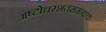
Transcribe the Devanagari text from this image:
अष्टोत्तरशतसंख्याक